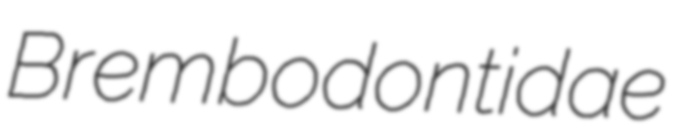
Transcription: Brembodontidae